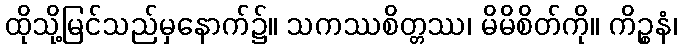
ထိုသို့မြင်သည်မှနောက်၌။ သကဿစိတ္တဿ၊ မိမိစိတ်ကို။ ကိဉ္စနံ၊